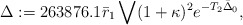
\begin{align*}\Delta:=263876.1\bar r_1\bigvee(1+\kappa)^2e^{-T_2\bar\Delta_0},\end{align*}